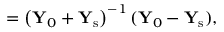
{ \bf \Gamma } = \left( { \bf Y } _ { 0 } + { \bf Y } _ { \mathrm { s } } \right) ^ { - 1 } ( { \bf Y } _ { 0 } - { \bf Y } _ { \mathrm { s } } ) ,